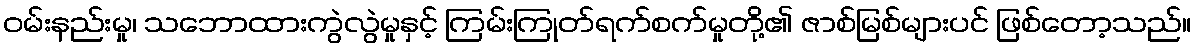
ဝမ်းနည်းမှု၊ သဘောထားကွဲလွဲမှုနှင့် ကြမ်းကြုတ်ရက်စက်မှုတို့၏ ဇာစ်မြစ်များပင် ဖြစ်တော့သည်။